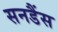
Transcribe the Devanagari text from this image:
सनडैंस